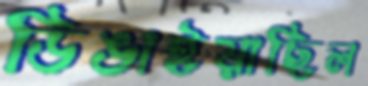
ডিঙাইয়াছিল